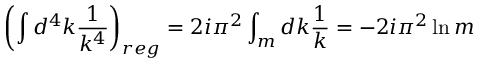
\left( \int d ^ { 4 } k \frac { 1 } { k ^ { 4 } } \right) _ { r e g } = 2 i \pi ^ { 2 } \int _ { m } d k \frac { 1 } { k } = - 2 i \pi ^ { 2 } \ln m